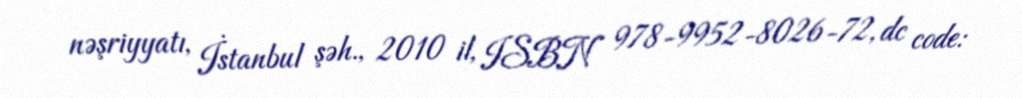
nəşriyyatı, İstanbul şəh., 2010 il, ISBN 978-9952-8026-72, dc code: